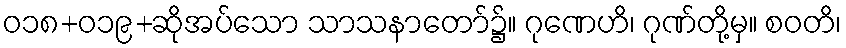
ဝ၁၈+၀၁၉+ဆိုအပ်သော သာသနာတော်၌။ ဂုဏေဟိ၊ ဂုဏ်တို့မှ။ စဝတိ၊